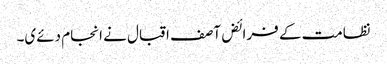
نظامت کے فرائض آصف اقبال نے انجام دئےی۔